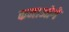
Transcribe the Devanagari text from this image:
कमाओगे